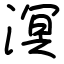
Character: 溟